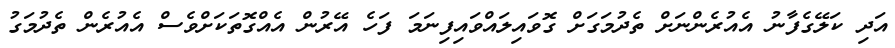
އަދި ކަލޭގެފާނު އެއުރެންނަށް ތެދުމަގަށް ގޮވައިލައްވައިފިނަމަ ފަހެ އޭރުން އެއްގޮތަކަށްވެސް އެއުރެން ތެދުމަގު